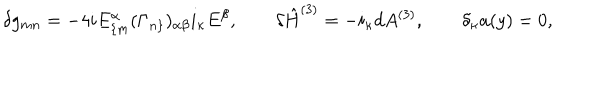
\delta g _ { m n } = - 4 i E _ { \{ m } ^ { \alpha } ( \Gamma _ { n \} } ) _ { \alpha \beta } i _ { \kappa } E ^ { \beta } , \qquad \delta \hat { H } ^ { ( 3 ) } = - i _ { \kappa } d A ^ { ( 3 ) } , \qquad \delta _ { \kappa } a ( y ) = 0 ,